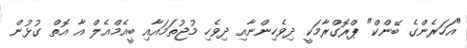
"އަހަރެންގެ ބޭންކް" ޕްރޮގްރާމަކީ ދިވެހިންނާއި ދިވެހި މުޖުތަމައާއި ބީއެމްއެލް އާ އޮތް ގުޅުން